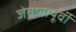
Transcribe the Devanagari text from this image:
जेवणापूर्वी